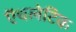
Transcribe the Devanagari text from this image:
ऍथलेटिक